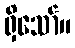
ရှိသော်။